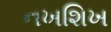
નખશિખ